Report of the Indian Hemp Drugs Commission, 1894-1895 - Volume V
Year: 1894
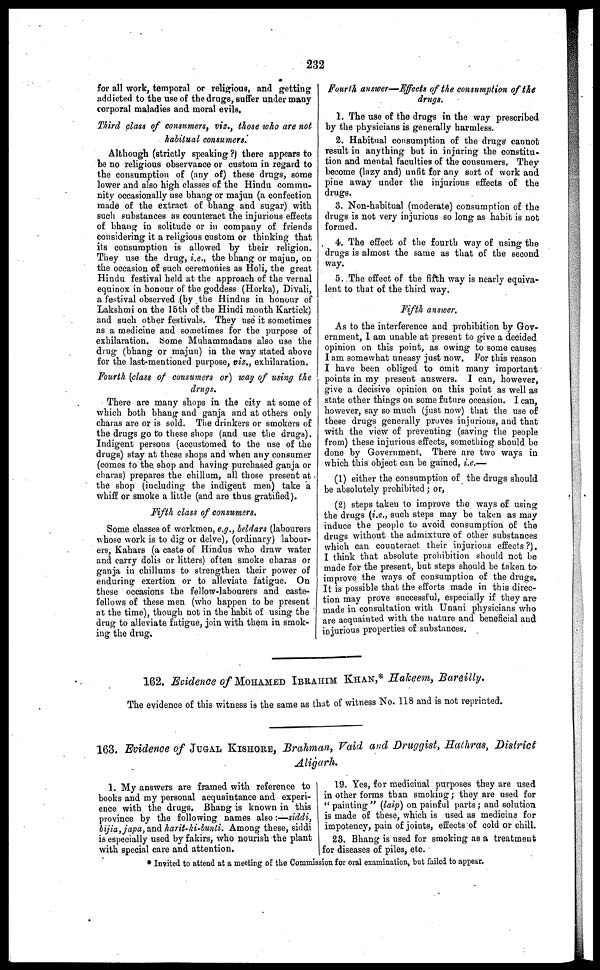
232
for all work, temporal or religious, and getting
addicted to the use of the drugs, suffer under many
corporal maladies and moral evils.
Third class of consumers, viz., those who are not
habitual consumers.
Although (strictly speaking ?) there appears to
be no religious observance or custom in regard to
the consumption of (any of) these drugs, some
lower and also high classes of the Hindu commu-
nity occasionally use bhang or majun (a confection
made of the extract of bhang and sugar) with
such substances as counteract the injurious effects
of bhang in solitude or in company of friends
considering it a religious custom or thinking that
its consumption is allowed by their religion.
They use the drug, i.e., the bhang or majun, on
the occasion of such ceremonies as Holi, the great
Hindu festival held at the approach of the vernal
equinox in honour of the goddess (Horka), Divali,
a festival observed (by the Hindus in honour of
Lakshmi on the 15th of the Hindi month Kartick)
and such other festivals, They use it sometimes
as a medicine and sometimes for the purpose of
exhilaration. Some Muhammadans also use the
drug (bhang or majun) in the way stated above
for the last mentioned purpose, viz., exhilaration.
Fourth (class of consumers or) way of using the
drugs.
There are many shops in the city at some of
which both bhang and ganja and at others only
charas are or is sold. The drinkers or smokers of
the drugs go to these shops (and use the drugs).
Indigent persons (accustomed to the use of the
drugs) stay at these shops and when any consumer
(comes to the. shop and having purchased ganja or
charas) prepares the chillum, all those present at
the shop (including the indigent men) take a
whiff or smoke a little (and are thus gratified).
Fifth class of consumers.
Some classes of workmen, e.g., beldars (labourers
whose work is to dig or delve), (ordinary) labour-
ers, Kahars (a caste of Hindus who draw water
and carry dolis or litters) often smoke charas or
ganja in chillums to strengthen their power of
enduring exertion or to alleviate fatigue. On
these occasions the fellow-labourers and caste-
fellows of these men (who happen to be present
at the time), though not in the habit of using the
drug to alleviate fatigue, join with them in smok-
ing the drug.
Fourth answer—Effects of the consumption of the
drugs.
1. The use of the drugs in the way prescribed
by the physicians is generally harmless.
2. Habitual consumption of the drugs cannot
result in anything but in injuring the constitu-
tion and mental faculties of the consumers. They
become (lazy and) unfit for any sort of work and
pine away under the injurious effects of the
drugs.
3. Non-habitual (moderate) consumption of the
drugs is not very injurious so long as habit is not
formed.
4. The effect of the fourth way of using the
drugs is almost the same as that of the second
way.
5. The effect of the fifth way is nearly equiva-
lent to that of the third way.
Fifth answer.
As to the interference and prohibition by Gov-
ernment, I am unable at present to give a decided
opinion on this point, as owing to some causes
I am somewhat uneasy just now. For this reason
I have been obliged to omit many important
points in my present answers. I can, however,
give a decisive opinion on this point as well as
state other things on some future occasion. I can,
however, say so much (just now) that the use of
these drugs generally proves injurious, and that
with the view of preventing (saving the people
from) these injurious effects, something should be
done by Government. There are two ways in
which this object can be gained, i.e.—
(1) either the consumption of the drugs should
be absolutely prohibited ; or,
(2) steps taken to improve the ways of using
the drugs (i.e., such steps may be taken as may
induce the people to avoid consumption of the
drugs without the admixture of other substances
which can counteract their injurious effects ?).
I think that absolute prohibition should not be
made for the present, but steps should be taken to
improve the ways of consumption of the drugs.
It is possible that the efforts made in this direc-
tion may prove successful, especially if they are
made in consultation with Unani physicians who
are acquainted with the nature and beneficial and
injurious properties of substances.
162. Evidence of MOHAMED IBRAHIM KHAN,* Hakeem, Bareilly.
The evidence of this witness is the same as that of witness No. 118 and is not reprinted.
163. Evidence of JUGAL KISHORE, Brahman, Vaid and Druggist, Hathras, District
Aligarh.
1. My answers are framed with reference to
books and my personal acquaintance and experi-
ence with the drugs. Bhang is known in this
province by the following names also :—siddi,
bijia, japa, and harit-ki-bunti. Among these, siddi
is especially used by fakirs, who nourish the plant
with special care and attention.
"19. Yes, for medicinal purposes they are used
in other forms than smoking ; they are used for
"painting" (laip) on painful parts ; and solution
is made of these, which is used as medicine for
impotency, pain of joints, effects of cold or chill.
23. Bhang is used for smoking as a treatment
for diseases of piles, etc.
* Invited to attend at a meeting of the Commission for oral examination, but failed to appear.